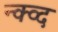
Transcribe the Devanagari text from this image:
न्क्व्द